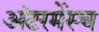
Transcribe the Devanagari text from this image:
अंटरमेंस्च